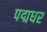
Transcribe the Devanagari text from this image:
पद्मधर